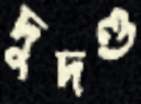
দুদণ্ড